Civil Veterinary Department Bengal reports 1923-33 - 1923-1933
Year: 1923
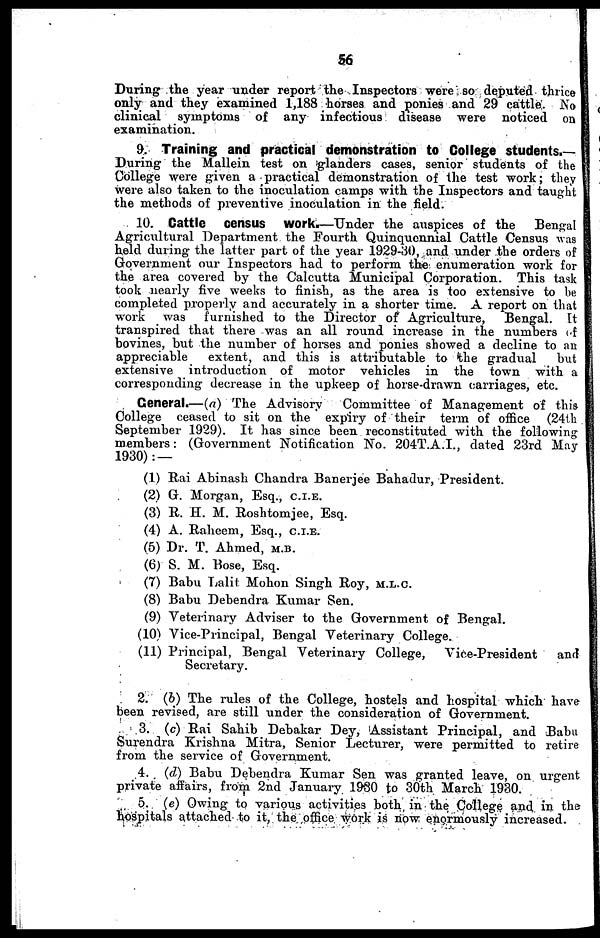
56
During the year under report the Inspectors were so deputed thrice
only and they examined 1,188 horses and ponies and 29 cattle. No
clinical symptoms of any infectious disease were noticed on
examination.
9. Training and practical demonstration to College students.—
During the Mallein test on glanders cases, senior students of the
College were given a practical demonstration of the test work; they
were also taken to the inoculation camps with the Inspectors and taught
the methods of preventive inoculation in the field.
10. Cattle census work.—Under the auspices of the
Bengal
Agricultural Department the Fourth Quinquennial Cattle Census was
held during the latter part of the year 1929-30, and under the orders of
Government our Inspectors had to perform the enumeration work for
the area covered by the Calcutta Municipal Corporation. This task
took nearly five weeks to finish, as the area is too extensive to he
completed properly and accurately in a shorter time. A report on that
work was furnished to the Director of Agriculture,
Bengal. It
transpired that there was an all round increase in the numbers of
bovines, but the number of horses and ponies showed a decline to an
appreciable
extent, and this is attributable to the gradual
but
extensive introduction of motor vehicles in the town with a
corresponding decrease in the upkeep of horse-drawn carriages, etc.
General.—(a) The Advisory
Committee of Management of this
College ceased to sit on the expiry of their term of office (24th
September 1929). It has since been reconstituted with the following
members: (Government Notification No. 204T.A.I., dated 23rd May
1930): —
(1) Rai Abinash Chandra Banerjee Bahadur, President.
(2) G. Morgan, Esq., C.I.E.
(3) R. H. M. Roshtomjee, Esq.
(4) A. Raheem, Esq., C.I.E.
(5) Dr. T. Ahmed, M.B.
(6) S. M. Bose, Esq.
(7) Babu Lalit Mohon Singh Roy, M.L.C.
(8) Babu Debendra Kumar Sen.
(9) Veterinary Adviser to the Government of Bengal.
(10) Vice-Principal, Bengal Veterinary College.
(11) Principal, Bengal Veterinary College,
Vice-President
and
Secretary.
2. (b) The rules of the College, hostels and hospital which have
been revised, are still under the consideration of Government.
3. (c) Rai Sahib Debakar Dey, Assistant Principal, and Babu
Surendra Krishna Mitra, Senior Lecturer, were permitted to retire
from the service of Government.
4. (d) Babu Debendra Kumar Sen was granted leave, on urgent
private affairs, from 2nd January 1930 to 30th March 1930.
5. (e) Owing to various activities both in the College and in the
hospitals attached to it, the office work is now enormously increased.